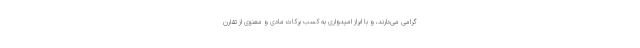
گرامی می‌دارند، و با ابراز امیدواری به کسب برکات مادی و معنوی از تقارن